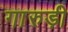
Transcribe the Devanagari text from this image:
गारुड़ी